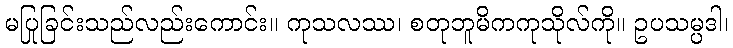
မပြုခြင်းသည်လည်းကောင်း။ ကုသလဿ၊ စတုဘူမိကကုသိုလ်ကို။ ဥပသမ္ပဒါ၊